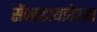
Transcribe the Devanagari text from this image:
सेंन्सटायझेशन